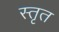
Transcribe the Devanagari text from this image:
स्तृत